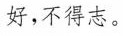
好，不得志。